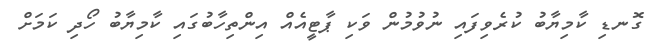
ގޮނޑި ކާމިޔާބު ކުރެވިފައި ނުވުމުން ވަކި ޕާޓީއެއް އިންތިހާބުގައި ކާމިޔާބު ހޯދި ކަމަށް